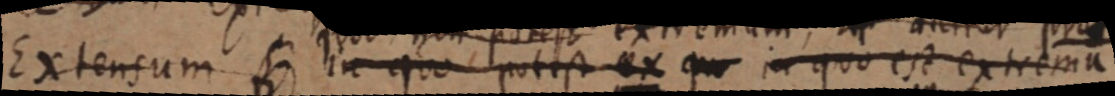
Extensum _ in quo potest ex qu in quo est extrema